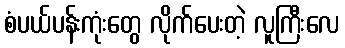
စံပယ်ပန်းကုံးတွေ လိုက်ပေးတဲ့ လူကြီးလေ